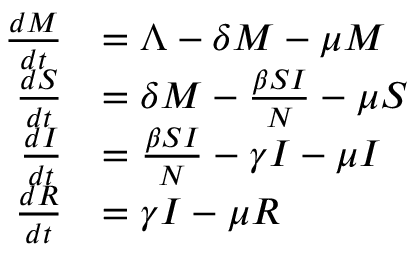
{ \begin{array} { r l } { { \frac { d M } { d t } } } & { = \Lambda - \delta M - \mu M } \\ { { \frac { d S } { d t } } } & { = \delta M - { \frac { \beta S I } { N } } - \mu S } \\ { { \frac { d I } { d t } } } & { = { \frac { \beta S I } { N } } - \gamma I - \mu I } \\ { { \frac { d R } { d t } } } & { = \gamma I - \mu R } \end{array} }